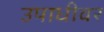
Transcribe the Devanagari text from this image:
उपाधीवर